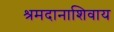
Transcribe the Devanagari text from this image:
श्रमदानाशिवाय